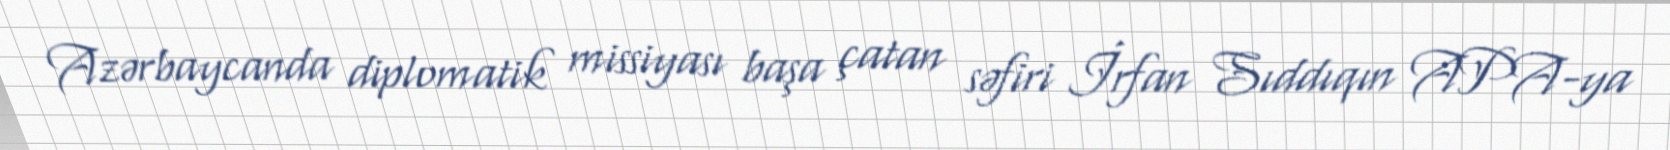
Azərbaycanda diplomatik missiyası başa çatan səfiri İrfan Sıddıqın APA-ya